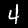
Label: 4